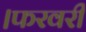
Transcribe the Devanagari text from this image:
।फरवरी